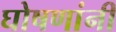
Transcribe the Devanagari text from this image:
घोषणांनी